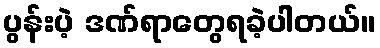
ပွန်းပဲ့ ဒဏ်ရာတွေရခဲ့ပါတယ်။